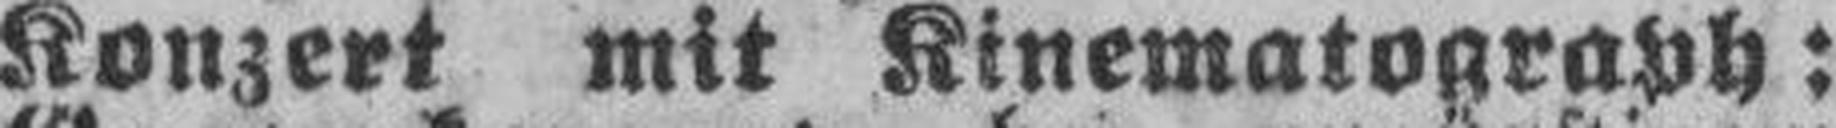
Konzert mit Kinematograph: